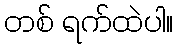
တစ် ရက်ထဲပါ။